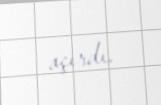
açırdı.